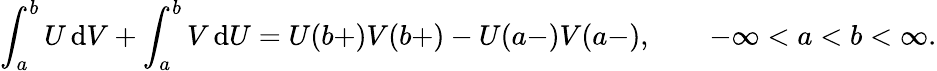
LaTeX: \int_{a}^{b}U\, \mathrm{d}V+\int_{a}^{b}V\, \mathrm{d}U=U(b+)V(b+)-U(a-)V(a-),\qquad-\infty<a<b<\infty.